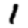
Digit: 1